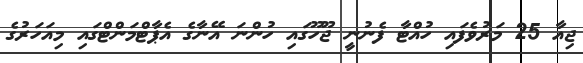
ޖިއާ 25 މަރުވެފައި ހުއްޓާ ފެނުނީ ޖޫހޫގައި ހުންނަ އޭނާގެ އެޕާޓްމަންޓްގައި މިއަހަރުގެ